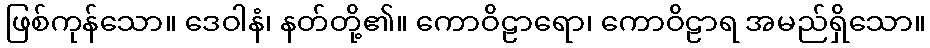
ဖြစ်ကုန်သော။ ဒေဝါနံ၊ နတ်တို့၏။ ကောဝိဠာရော၊ ကောဝိဠာရ အမည်ရှိသော။